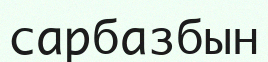
сарбазбын